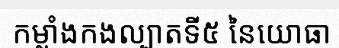
កម្លាំងកងល្បាតទី៥ នៃយោធា